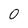
Character: 0